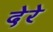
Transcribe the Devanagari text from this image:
देरे